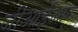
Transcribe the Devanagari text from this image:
जीआईआर